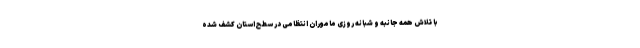
با تلاش همه جانبه و شبانه روزی ماموران انتظامی در سطح استان کشف شده